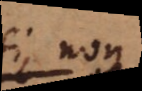
si non